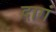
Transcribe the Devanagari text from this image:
दागं